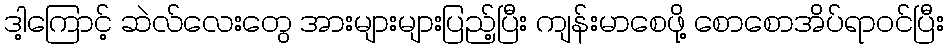
ဒါ့ကြောင့် ဆဲလ်လေးတွေ အားများများပြည့်ပြီး ကျန်းမာစေဖို့ စောစောအိပ်ရာဝင်ပြီး